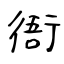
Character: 衙